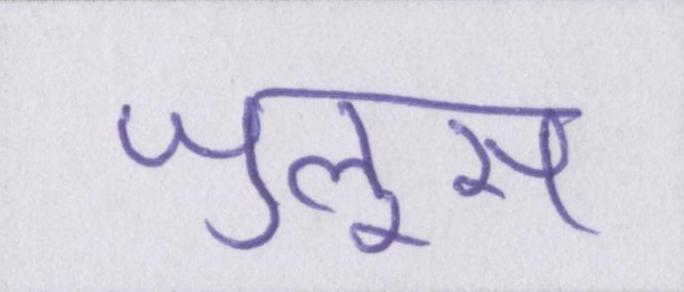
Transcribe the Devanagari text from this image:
जुलूस